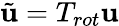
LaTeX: \tilde{\mathbf{u}}=T_{rot}\mathbf{u}